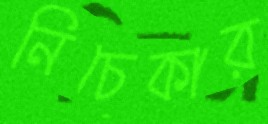
নিচেকার